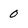
Character: 0